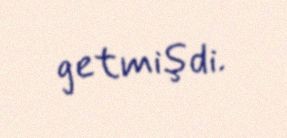
getmişdi.